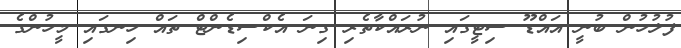
ފުލުހުން ބުނީ އައްޑޫ ސިޓީގައި ނުރައްކާތެރި ގިނަ އެކްސިޑެންޓް ތައް ހިނގައި މީހުންގެ